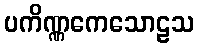
ပကိဏ္ဏကေသောဠသ